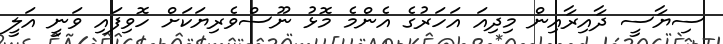
ސިޔާސީ ދާއިރާއިން މިދިއަ އަހަރުގެ އެންމެ މޮޅު ނޫސްވެރިޔަކަށް ހޮވިފައި ވަނީ އަލީ